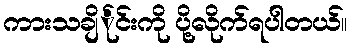
ကားသချိင်္ုင်းကို ပို့လိုက်ရပါတယ်။